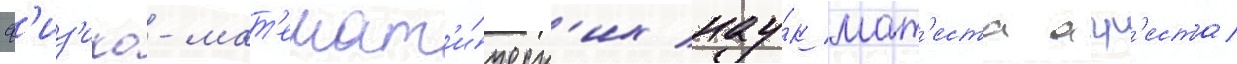
ф'из'ико-мат'емат'и́ческ'их нау́к мат'еста агр'еста